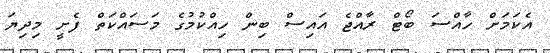
އެކަމަށް ހާއްސަ ބޯޓް ރާއްޖެ އައިސް ބިން ހިއްކުމުގެ މަސައްކަތް ފެށީ މިދިޔަ